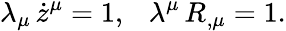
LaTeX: \lambda_{\mu}\, \dot{z}^{\mu}=1,~~~\lambda^{\mu}\, R_{,\mu}=1.